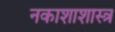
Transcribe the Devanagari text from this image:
नकाशाशास्त्र